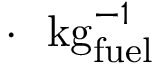
\cdot \ \ { \mathrm { k g } _ { \mathrm { f u e l } } ^ { - 1 } }